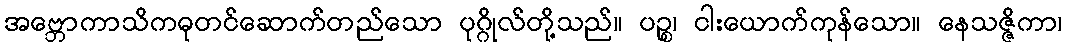
အဗ္ဘောကာသိကဓုတင်ဆောက်တည်သော ပုဂ္ဂိုလ်တို့သည်။ ပဉ္စ၊ ငါးယောက်ကုန်သော။ နေသဇ္ဇိကာ၊